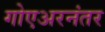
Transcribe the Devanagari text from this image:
गोएअरनंतर